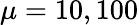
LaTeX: \mu=10,100